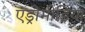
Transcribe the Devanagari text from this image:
एंड्रोमीडिया